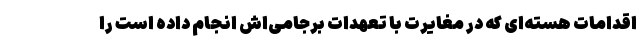
اقدامات هسته‌ای که در مغایرت با تعهدات برجامی‌اش انجام داده است را